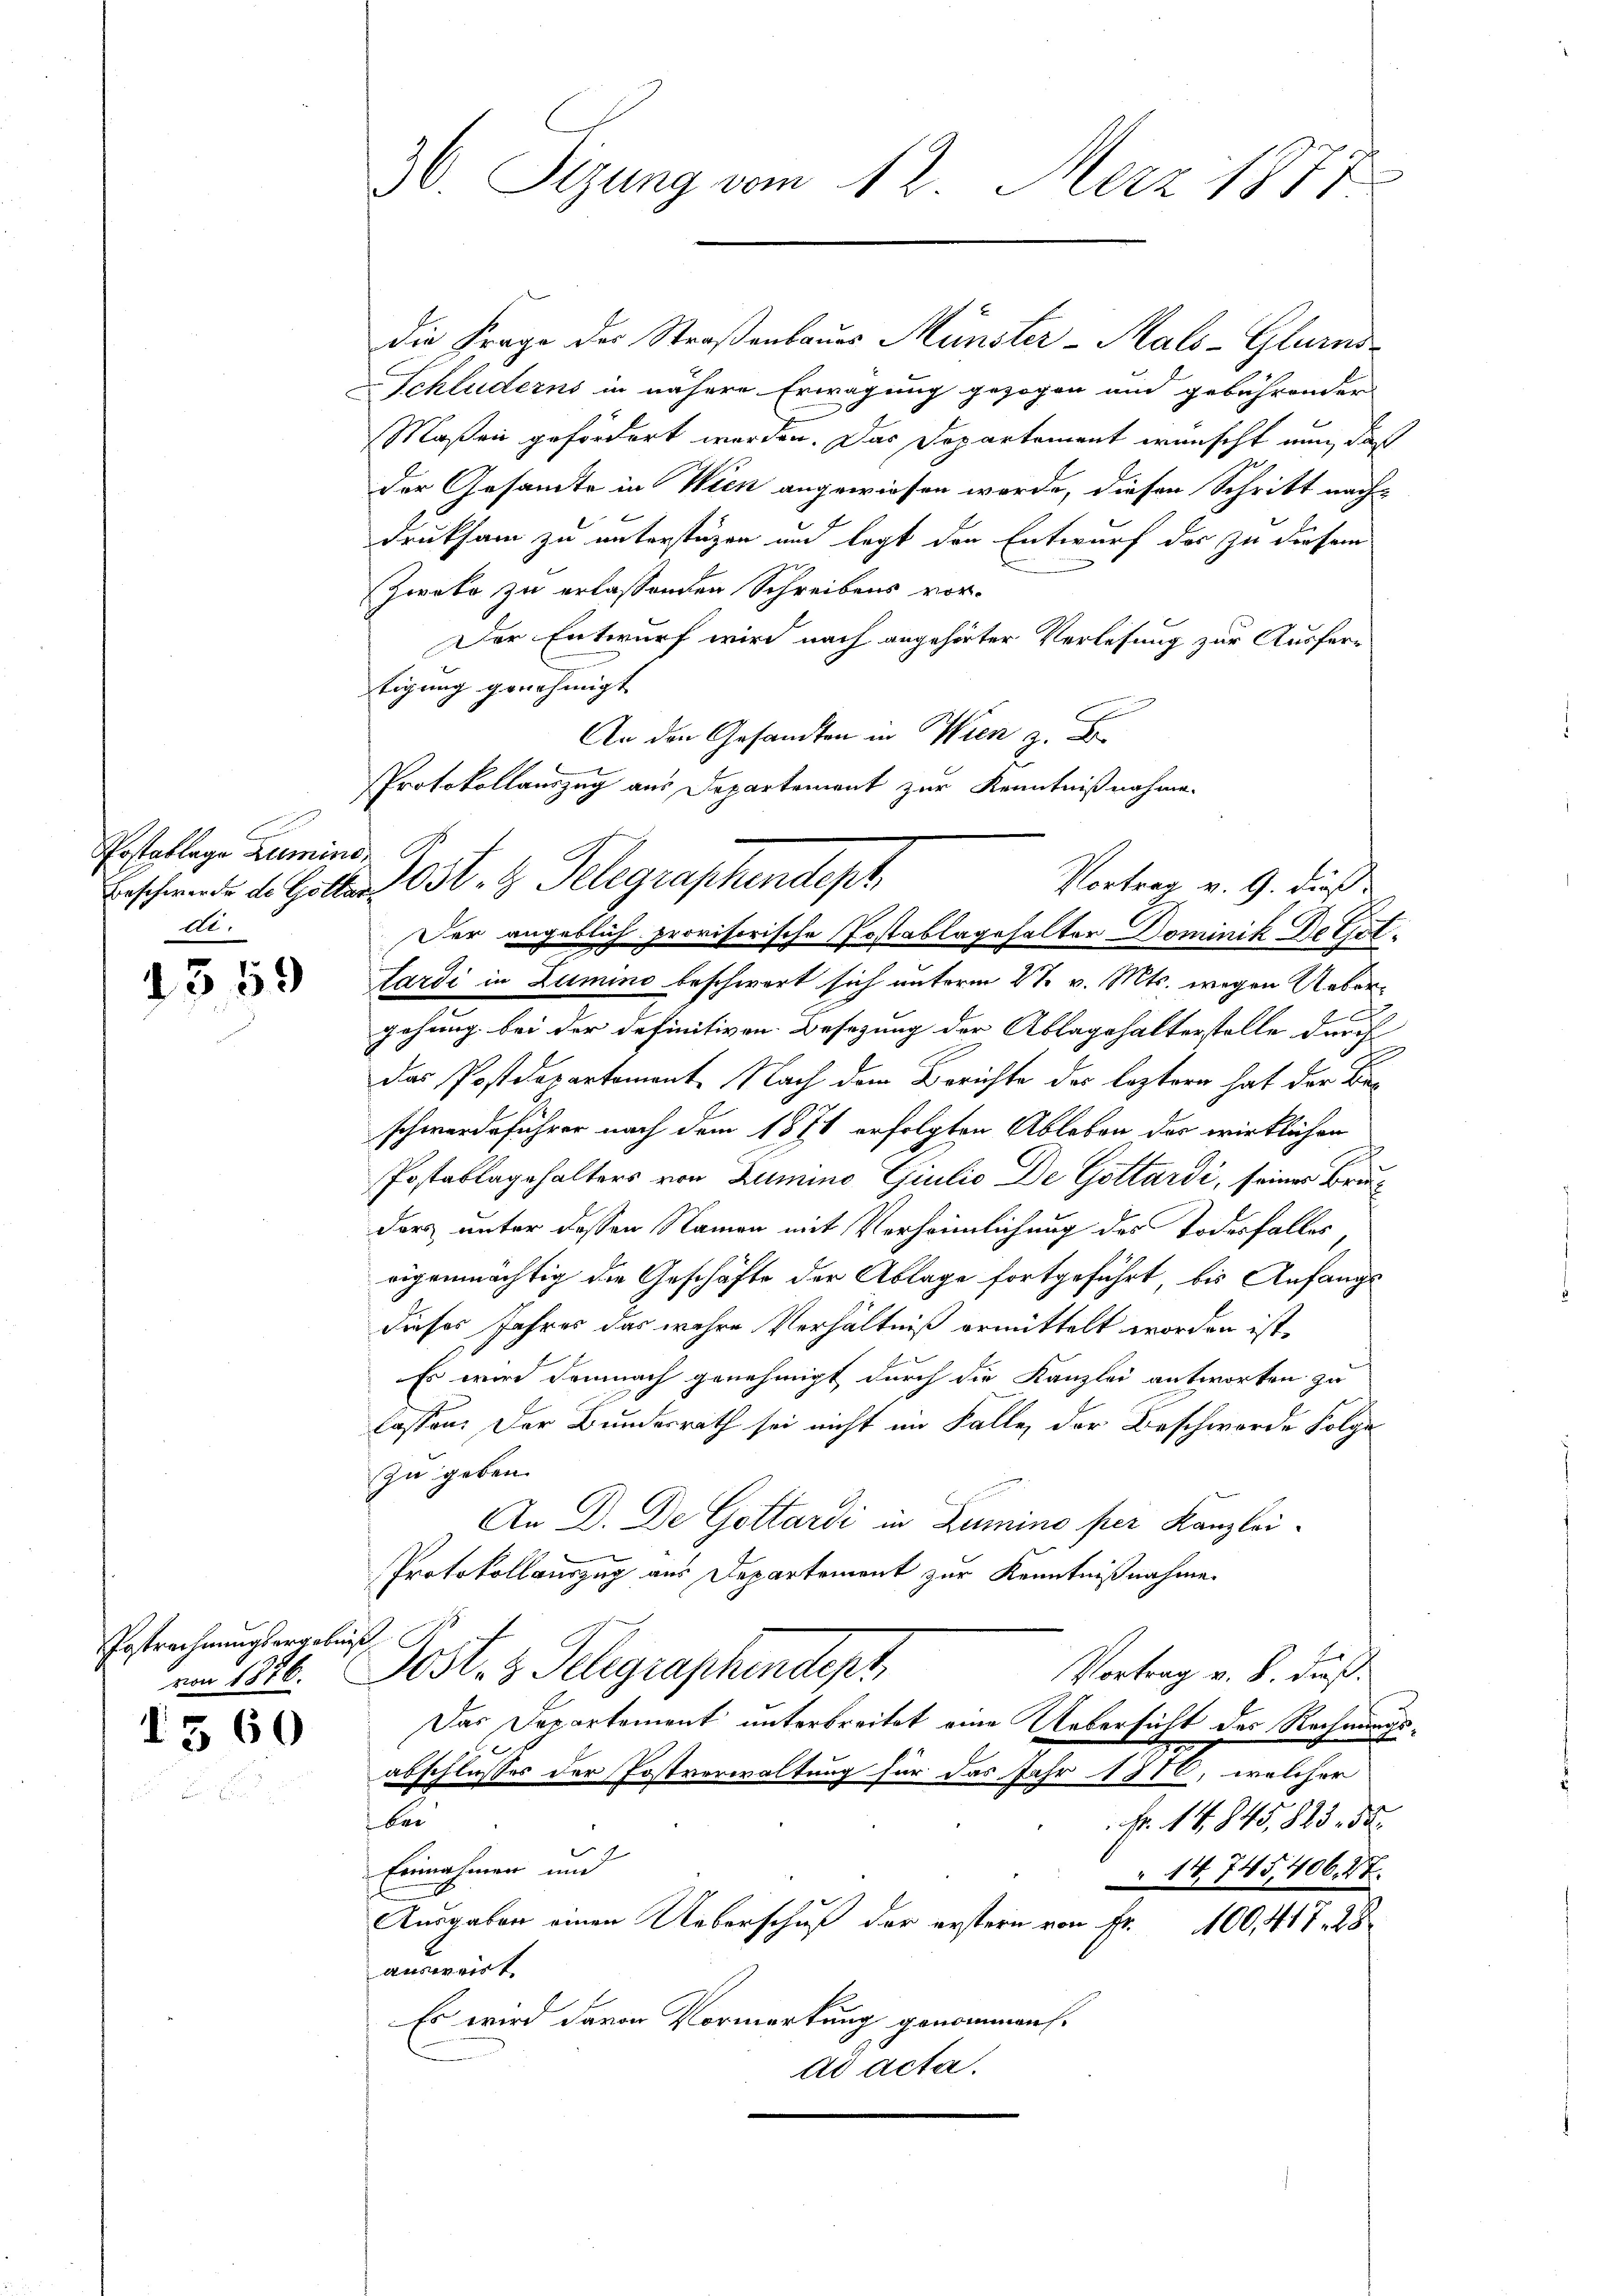
Postablage Zumino
di.

1359

Postrechnungsergebniß
von 1826.

560

30. Sizung vom 12. Merz 1877

die Frage der Straßenbaues Münster-Malo-Glurnd
Schluderns in nähere Erwägung gezogen und gebührender
Maßen gefördert werden. Das Departement wünscht nun, daß
der Gesandte in Wien angewiesen werde, diesen Schritt nach
druksam zu unterstüzen und legt den Entwurf das zu diesem
Zweke zu erlassenden Schreibens vor-
Der Entwurf wird nach angehörter Verlesung zur Ausfertigung genehmigt
An den Gesandten in Wien z. B
Protokollauszug aus Departement zur Kenntnißnahme.
Beschwerde de Gotter Ost- & Telegraphendept
Der angeblich provisorische Postablagehalter Dominik De tot.
Lardi in Lumino beschwert sich unterm 27. v. Mts. wegen Uebergehung bei der definitiven Besezung der Ablagehalterstelle durch |
das Postdepartement. Nach dem Berichte des leztern hat der Beschwerdeführer nach dem 1871 erfolgten Ableben des wirklichen
Postablagehalters von Zumino Guilio De Gottardi, seiner Bruder unter dessen Namen mit Verheimlichung des Todesfalles
eigenmächtig die Geschäfte der Ablage fortgeführt, bis Anfangs
dieses Jahres das wahre Verhältniß ermittelt worden ist.
Es wird demnach genehmigt durch die Kanzlei antworten zu
lassen. Der Bundesrath sei nicht im Falle, der Beschwerde Folge
zu geben.
An D. De Gottardi in Lumino per Kanzlei-
Protokollauszug aus Departement zur Kenntnißnahme
Postes Telegraphendept
Vortrag v. B. daß
Das Departement unterbreitet eine Uebersicht des Rechnungsabschlusses der Postverwaltung für das Jahr 1810, welcher
bei
fr. 14,845, 823. d.
Einnahmen und
14745,406. 27.
Ausgaben einen Ueberschuß der erstern von Fr. 400, 417. 28
ausweist
Es wird davon Vormerkung genommen.
ad acta.

Vortrag v. G. dieß: